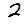
Digit: 2